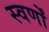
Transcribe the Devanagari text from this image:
स्वर्णों